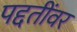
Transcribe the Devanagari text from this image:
पद्दतींवर